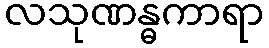
လသုဏန္ဓကာရာ